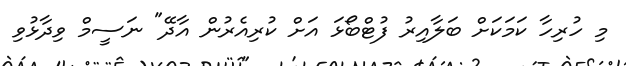
މި ހުރިހާ ކަމަކަށް ބަލާއިރު ފުޓްބޯޅަ އަށް ކުރިއެރުން އާދޭ" ނަސީމް ވިދާޅުވި